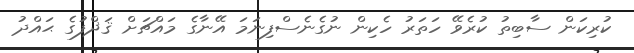
ކުރިކަން ސާބިތު ކުރެވޭ ހަތަރު ހެކިން ނުގެނެސްފިނަމަ އޭނާގެ މައްޗަށް ޤަޛްފުގެ ޙައްދު